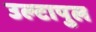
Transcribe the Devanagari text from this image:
उल्‍टापुल